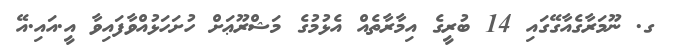
_ ގ. ނޫމަރާގެއާގޭގައި 14 ބުރީގެ އިމާރާތެއް އެޅުމުގެ މަޝްރޫޢަށް ހުށަހަޅުއްވާފައިވާ އީ.އައި.އޭ